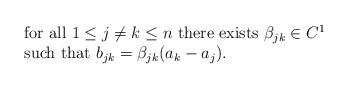
LaTeX: \begin{align*}\begin{array}{l}\mbox{for all } 1 \le j \not= k \le n \mbox{ there exists } \beta_{jk} \in C^1\\\mbox{such that } b_{jk}=\beta_{jk}(a_k-a_j).\end{array}\end{align*}